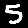
Digit: 5